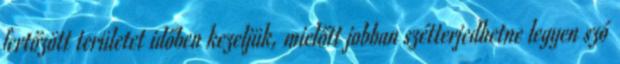
fertőzött területet időben kezeljük, mielőtt jobban szétterjedhetne legyen szó